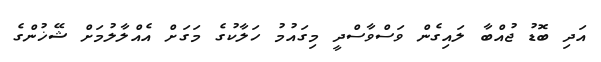
އަދި ބޮޑު ޖުއްބާ ލައިގެން ވަސްވާސްދީ މިގައުމު ހަލާކުގެ މަގަށް އެއްލާލުމަށް ޝޭޚުންގެ